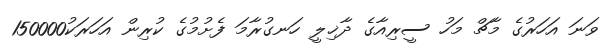
ވަނަ އަހަރުގެ މާޗް މަހު ސީރިއާގެ ދާޚިލީ ހަނގުރާމަ ފެށުމުގެ ކުރިން އަހަރަކު150000